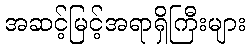
အဆင့်မြင့်အရာရှိကြီးများ